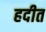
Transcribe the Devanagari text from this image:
हदीत